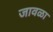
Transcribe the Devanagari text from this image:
जावळा